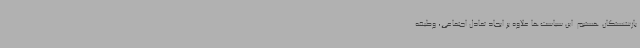
بازنشستگان هستیم. این سیاست‌ها علاوه بر ایجاد تعادل اجتماعی، وظیفه